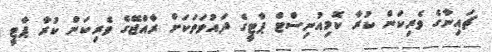
ޗައިނާގެ ވެރިކަން ކުރާ ކޮމިއުނިސްޓް ޕާޓީގެ ދައުވަތަކަށް ރާއްޖޭގެ ވެރިކަން ކުރާ ޕާޓީ